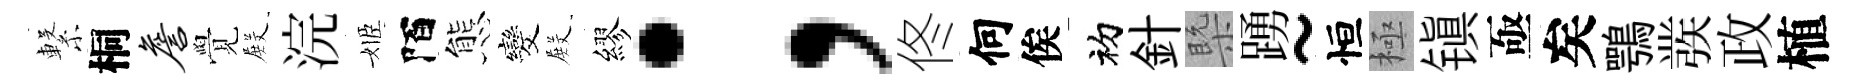
繋桐詹覺𭮺浣姬陌態发𭮺繆；佟何俟初針槩踴~恒極镇亟矣鶚彂政植